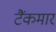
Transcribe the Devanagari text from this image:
टैंकमार